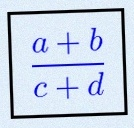
\frac{a+b}{c+d}